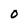
Character: 0